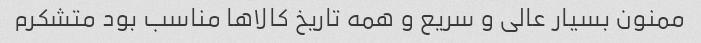
ممنون بسیار عالی و سریع و همه تاریخ کالاها مناسب بود متشکرم